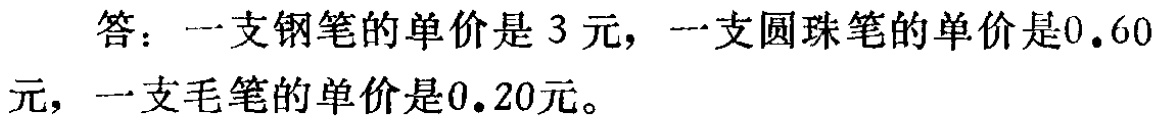
答：一支钢笔的单价是 3 元，一支圆珠笔的单价是\(0.60\)元，一支毛笔的单价是\(0.20\)元。